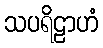
သပရိဠာဟံ